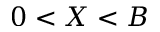
0 < X < B